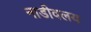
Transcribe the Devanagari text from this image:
नाडीवलय